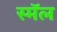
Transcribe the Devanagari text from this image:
स्मॅल